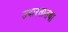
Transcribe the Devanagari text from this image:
उदारतातथा